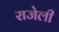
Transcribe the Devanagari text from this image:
राजेली